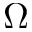
\Omega